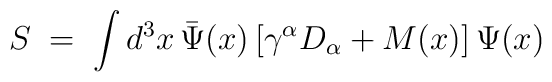
S \;=\;\int d^3 x \, {\bar\Psi}(x)\,[\gamma^{\alpha}D_{\alpha} + M(x)]\,\Psi (x)